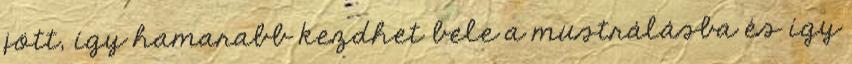
jött, így hamarabb kezdhet bele a mustrálásba és így